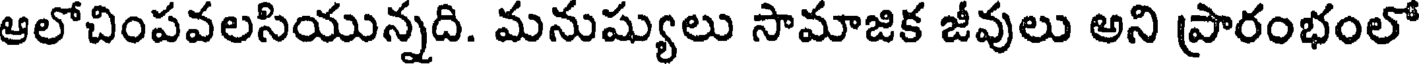
ఆలోచింపవలసియున్నది. మనుష్యులు సామాజిక జీవులు అని ప్రారంభంలో